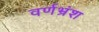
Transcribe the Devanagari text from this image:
वर्णभ्रंश